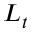
L _ { t }